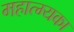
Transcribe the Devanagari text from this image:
महात्म्यका